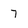
Character: 7